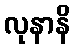
လုနာနိ